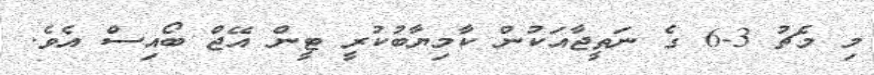
މި މެޗު 3-6 ގެ ނަތީޖާއަކުން ކާމިޔާބުކުރީ ޓީން އޭޖް ބޯއިސް އެވެ.